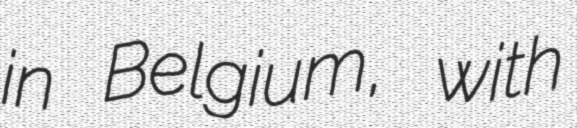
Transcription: in Belgium, with